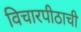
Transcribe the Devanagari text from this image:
विचारपीठाची